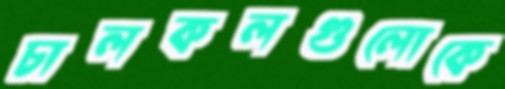
চালকলগুলোকে